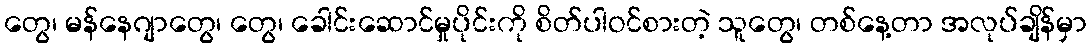
တွေ၊ မန်နေဂျာတွေ၊ တွေ၊ ခေါင်းဆောင်မှုပိုင်းကို စိတ်ပါဝင်စားတဲ့ သူတွေ၊ တစ်နေ့တာ အလုပ်ချိန်မှာ